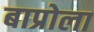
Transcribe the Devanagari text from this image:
बाप्रोला